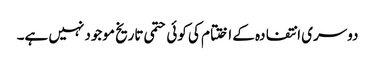
دوسری انتفادہ کے اختتام کی کوئی حتمی تاریخ موجود نہیں ہے۔